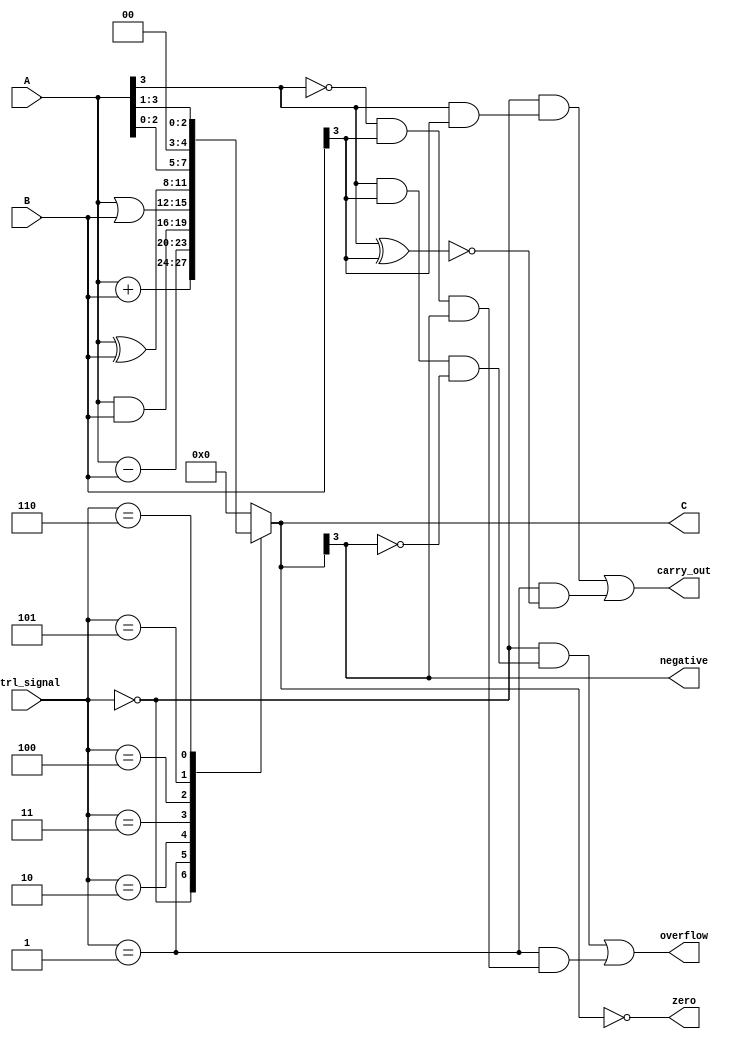
module ALU(
  input [3:0] A,
  input [3:0] B,
  input [2:0] ctrl_signal,
  output reg [3:0] C,
  output reg carry_out,
  output reg overflow,
  output reg zero,
  output reg negative
);

always @(*) begin
  case(ctrl_signal)
    3'b000: C = A + B; // addition
    3'b001: C = A - B; // subtraction
    3'b010: C = A & B; // AND
    3'b011: C = A | B; // OR
    3'b100: C = A ^ B; // XOR
    3'b101: C = A << 1; // shift left
    3'b110: C = A >> 1; // shift right
    default: C = 4'b0;
  endcase
end

assign carry_out = (ctrl_signal == 3'b000 && (A[3] & B[3])) || (ctrl_signal == 3'b001 && ~(A[3] ^ B[3]));
assign overflow = (ctrl_signal == 3'b000 && (A[3] == 1 && B[3] == 1 && C[3] == 0)) || (ctrl_signal == 3'b001 && (A[3] == 0 && B[3] == 1 && C[3] == 1));
assign zero = (C == 4'b0);
assign negative = C[3];

endmodule